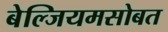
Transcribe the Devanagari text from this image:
बेल्जियमसोबत